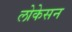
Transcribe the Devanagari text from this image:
लोकेसन